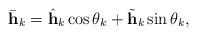
LaTeX: \begin{align*}\bar{\mathbf{h}}_k = \hat{\mathbf{h}}_k\cos\theta_k +\tilde{\mathbf{h}}_k\sin\theta_k,\end{align*}